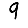
Digit: 9